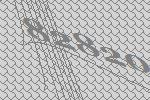
82820